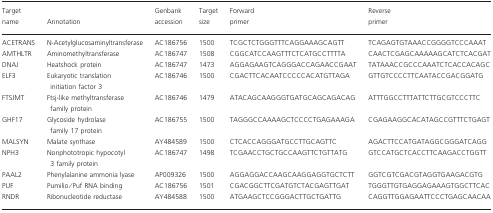
<table><thead><tr><td><b>Target name</b></td><td><b>Annotation</b></td><td><b>Genbank accession</b></td><td><b>Target size</b></td><td><b>Forward primer</b></td><td><b>Reverse primer</b></td></tr></thead><tbody><tr><td>ACETRANS</td><td>N-Acetylglucosaminyltransferase</td><td>AC186756</td><td>1500</td><td>TCGCTCTGGGTTTCAGGAAAGCAGTT</td><td>TCAGAGTGTAAACCGGGGTCCCAAAT</td></tr><tr><td>AMTHLTR</td><td>Aminomethyltransferase</td><td>AC186747</td><td>1508</td><td>CGGCATCCAAGTTTCTCATGCCTTTTA</td><td>CAACTCGAGCAAAAAGCATCTCACGAT</td></tr><tr><td>DNAJ</td><td>Heatshock protein</td><td>AC186747</td><td>1473</td><td>AGGAGAAGTCAGGGACCAGAACCGAAT</td><td>TATAAACCGCCCAAATCTCACCACAGC</td></tr><tr><td>ELF3</td><td>Eukaryotic translation initiation factor 3</td><td>AC186746</td><td>1500</td><td>CGACTTCACAATCCCCCACATGTTAGA</td><td>GTTGTCCCCTTCAATACCGACGGATG</td></tr><tr><td>FTSJMT</td><td>Ftsj-like methyltransferase family protein</td><td>AC186746</td><td>1479</td><td>ATACAGCAAGGGTGATGCAGCAGACAG</td><td>ATTTGGCCTTTATTCTTGCGTCCCTTC</td></tr><tr><td>GHF17</td><td>Glycoside hydrolase family 17 protein</td><td>AC186755</td><td>1500</td><td>TAGGGCCAAAAGCTCCCCTGAGAAAGA</td><td>CGAGAAGGCACATAGCCGTTTCTGAGT</td></tr><tr><td>MALSYN</td><td>Malate synthase</td><td>AY484589</td><td>1500</td><td>CTCACCAGGGATGCCTTGCAGTTC</td><td>AGACTTCCATGATAGGCGGGATCAGG</td></tr><tr><td>NPH3</td><td>Nonphototropic hypocotyl 3 family protein</td><td>AC186747</td><td>1498</td><td>TCGAACCTGCTGCCAAGTTCTGTTATG</td><td>GTCCATGCTCACCTTCAAGACCTGGTT</td></tr><tr><td>PAAL2</td><td>Phenylalanine ammonia lyase</td><td>AP009326</td><td>1500</td><td>AGGAGGACCAAGCAAGGAGGTGCTCTT</td><td>GGTCGTCGACGTAGGTGAAGACGTG</td></tr><tr><td>PUF</td><td>Pumilio/Puf RNA binding</td><td>AC186756</td><td>1501</td><td>CGACGGCTTCGATGTCTACGAGTTGAT</td><td>TGGGTTGTGAGGAGAAAGTGGCTTCAC</td></tr><tr><td>RNDR</td><td>Ribonucleotide reductase</td><td>AY484588</td><td>1500</td><td>ATGAAGCTCCGGGACTTGCTGATTG</td><td>CAGGTTGGAGAATTCCCTGAGCAACAA</td></tr></tbody></table>